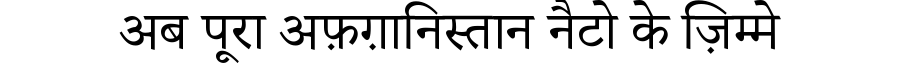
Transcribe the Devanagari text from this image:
अब पूरा अफ़ग़ानिस्तान नैटो के ज़िम्मे